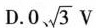
D. 0、 \sqrt{3}V